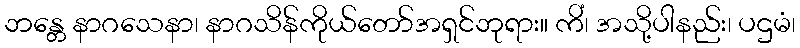
ဘန္တေ နာဂသေနာ၊ နာဂသိန်ကိုယ်တော်အရှင်ဘုရား။ ကိံ၊ အသို့ပါနည်း၊ ပဌမံ၊